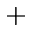
^ +